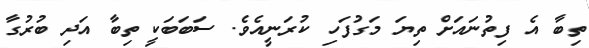
ތިބާ އެ ފިތުނައަށް ތިޔަ މަގުފަހި ކުރަނީއެވެ. ސަބަބަކީ ތިބާ އަދި ބުރުގާ